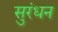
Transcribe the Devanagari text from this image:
सुरंधन